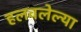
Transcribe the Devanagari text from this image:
हलवलेल्या